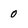
Character: 0